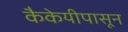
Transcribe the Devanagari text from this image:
कैकेयीपासून